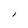
Character: I